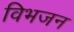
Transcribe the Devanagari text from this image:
विभजन